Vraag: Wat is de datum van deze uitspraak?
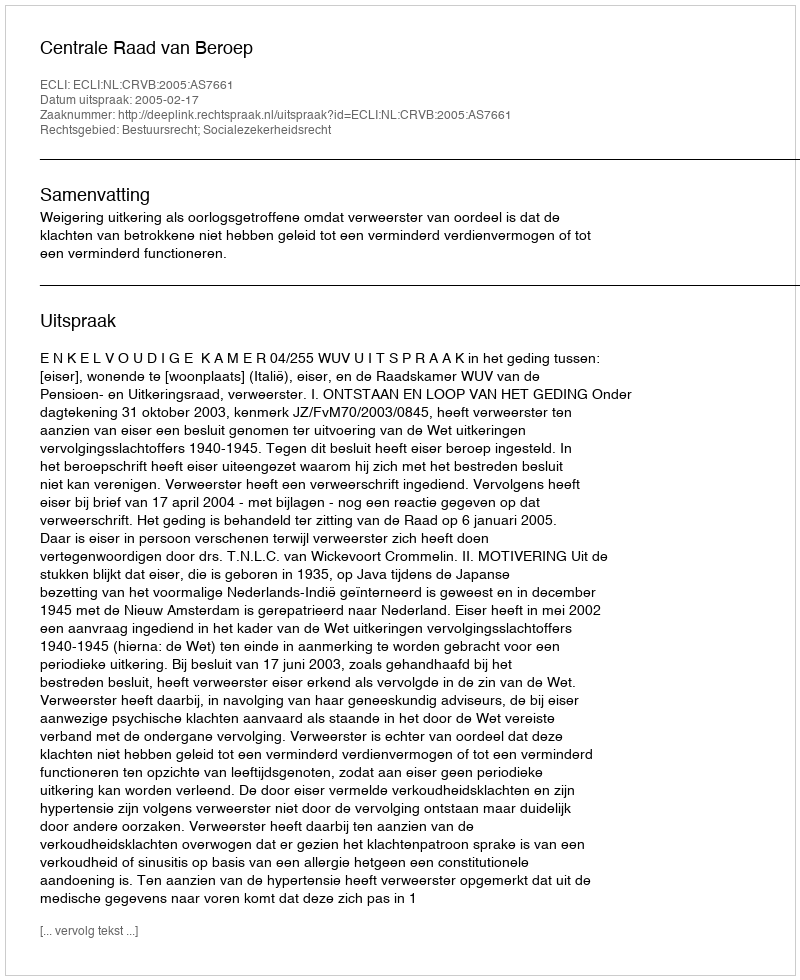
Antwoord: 2005-02-17